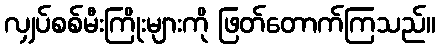
လျှပ်စစ်မီးကြိုးများကို ဖြတ်တောက်ကြသည်။